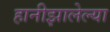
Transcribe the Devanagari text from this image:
हानीझालेल्या